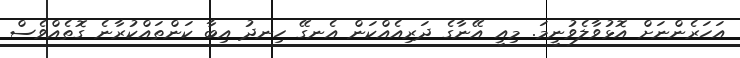
އަހަރެންނަށް އޮޅުވާލެވުނީމަ. މިއީ އޭނާގެ ދަރިއެއްކަން އެނގޭ ހިނދު އިބާ ކަންތައްކުރާނެ ގޮތެއްވެސް